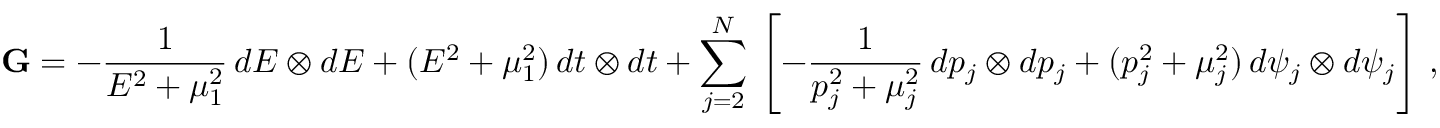
\mathbf { G } = - \frac { 1 } { E ^ { 2 } + \mu _ { 1 } ^ { 2 } } \, d E \otimes d E + ( E ^ { 2 } + \mu _ { 1 } ^ { 2 } ) \, d t \otimes d t + \sum _ { j = 2 } ^ { N } \, \left[ - \frac { 1 } { p _ { j } ^ { 2 } + \mu _ { j } ^ { 2 } } \, d p _ { j } \otimes d p _ { j } + ( p _ { j } ^ { 2 } + \mu _ { j } ^ { 2 } ) \, d \psi _ { j } \otimes d \psi _ { j } \right] \, ,